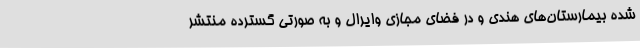
شده بیمارستان‌های هندی و در فضای مجازی وایرال و به صورتی گسترده منتشر